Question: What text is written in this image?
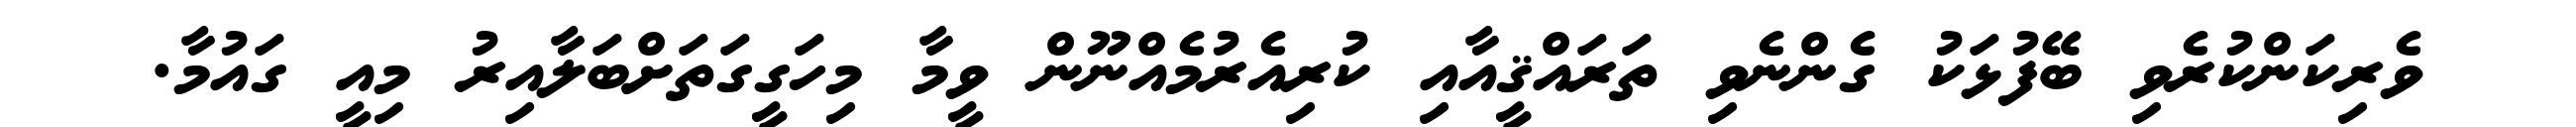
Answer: ވެރިކަންކުރެވި ބޭފުޅަކު ގެންނެވި ތަރައްޤީއާއި ކުރިއެރުމެއްނޫން ވީމާ މިހަގީގަތަށްބަލާއިރު މިއީ ގައުމާ.